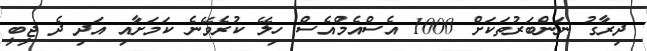
ދިރާގު ނަންބަރުތަކަށް 1000 އެސްއެމްއެސް ހިލޭ ކުރެވޭނެ ކަމަށާއި އަދި ދެ ޖީބީ